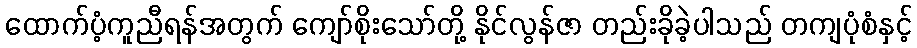
ထောက်ပံ့ကူညီရန်အတွက် ကျော်စိုးသော်တို့ နိုင်လွန်ဇာ တည်းခိုခဲ့ပါသည် တကျပုံစံနှင့်